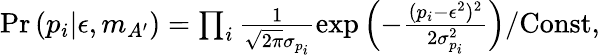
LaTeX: \begin{array}{r}{\mathrm{Pr}\left(p_{i}|\epsilon,m_{A^{\prime}}\right)=\prod_{i}\frac{1}{\sqrt{2\pi}\sigma_{p_{i}}}\exp\left(-\frac{(p_{i}-\epsilon^{2})^{2}}{2\sigma_{p_{i}}^{2}}\right)/\mathrm{Const},}\end{array}